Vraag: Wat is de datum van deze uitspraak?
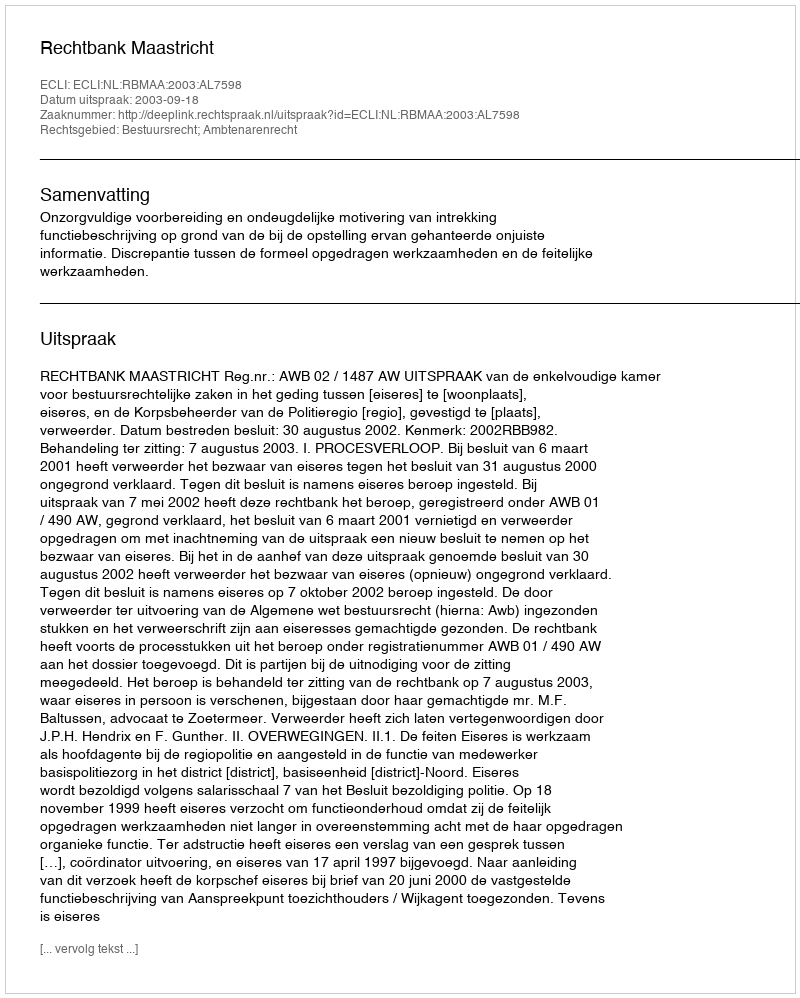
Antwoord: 2003-09-18